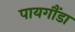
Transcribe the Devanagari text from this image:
पायगौंडा